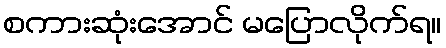
စကားဆုံးအောင် မပြောလိုက်ရ။